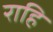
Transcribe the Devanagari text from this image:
राहि